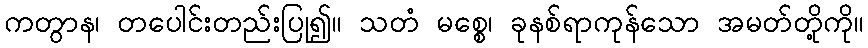
ကတွာန၊ တပေါင်းတည်းပြု၍။ သတံ မစ္စေ၊ ခုနစ်ရာကုန်သော အမတ်တို့ကို။